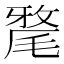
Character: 𣯛